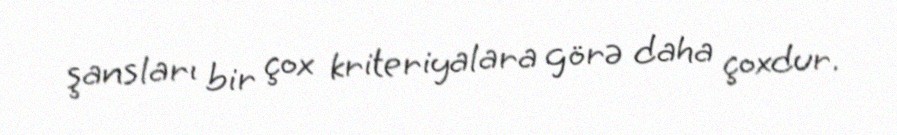
şansları bir çox kriteriyalara görə daha çoxdur.